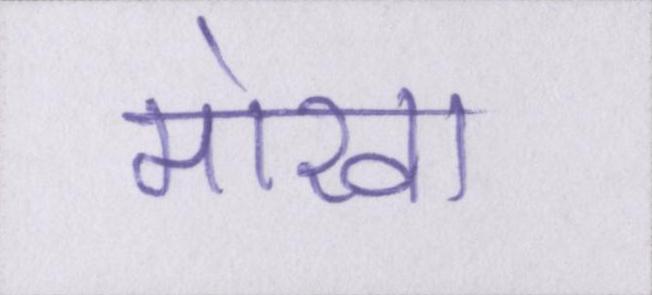
मोखा